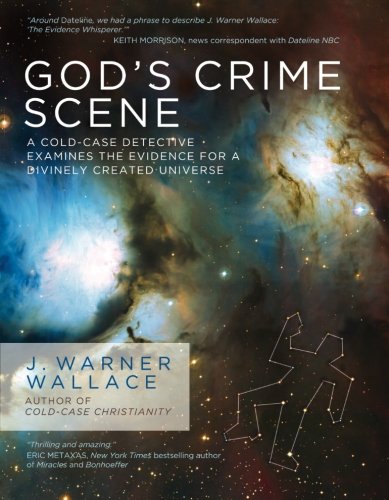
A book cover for God's Crime Scene: A Cold-Case Detective Examines the Evidence for a Divinely Created Universe; J. Warner Wallace; Christian Books & Bibles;